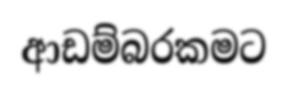
ආඩම්බරකමට